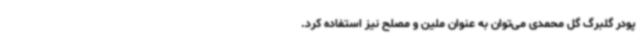
پودر گلبرگ گل محمدی می‌توان به عنوان ملین و مصلح نیز استفاده کرد.